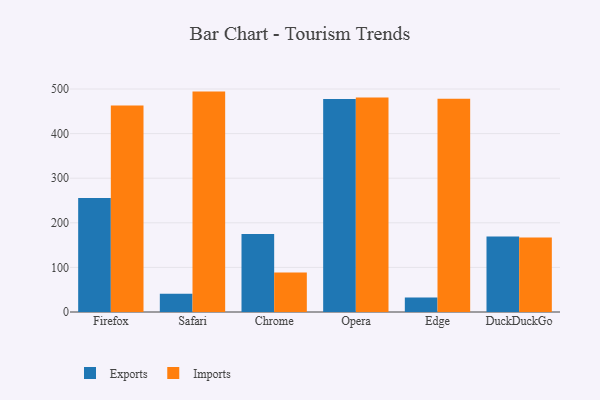
{"axis": {"x": "Browser", "y": "Revenue (USD Million)"}, "legend": ["Exports", "Imports"], "data": [{"x": "Firefox", "y": 255.7, "type": "Exports"}, {"x": "Firefox", "y": 463.0, "type": "Imports"}, {"x": "Safari", "y": 40.9, "type": "Exports"}, {"x": "Safari", "y": 494.2, "type": "Imports"}, {"x": "Chrome", "y": 175.0, "type": "Exports"}, {"x": "Chrome", "y": 88.7, "type": "Imports"}, {"x": "Opera", "y": 477.5, "type": "Exports"}, {"x": "Opera", "y": 480.7, "type": "Imports"}, {"x": "Edge", "y": 32.4, "type": "Exports"}, {"x": "Edge", "y": 478.1, "type": "Imports"}, {"x": "DuckDuckGo", "y": 169.4, "type": "Exports"}, {"x": "DuckDuckGo", "y": 167.3, "type": "Imports"}]}